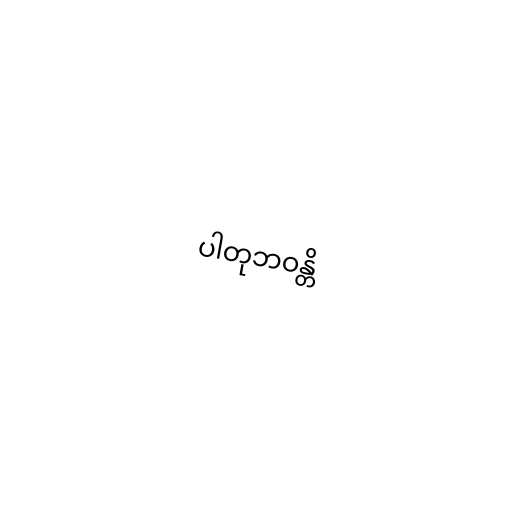
ပါတုဘဝန္တိ